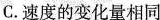
C.速度的变化量相同